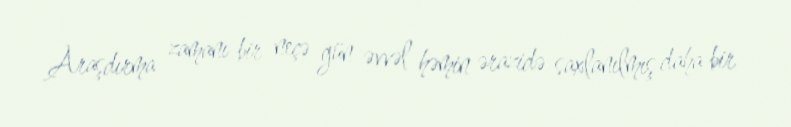
Araşdırma zamanı bir neçə gün əvvəl həmin ərazidə saxlanılmış daha bir